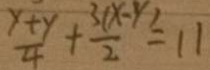
\frac { y + y } { 4 } + \frac { 3 ( x - y ) } { 2 } = 1 1